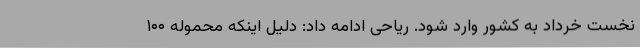
نخست خرداد به کشور وارد شود. ریاحی ادامه داد: دلیل اینکه محموله ۱۰۰